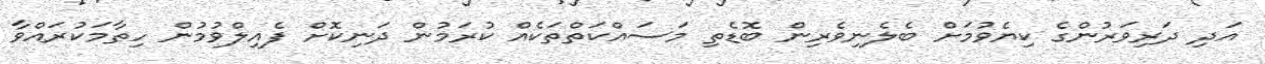
އަދި ދަރިވަރުންގެ ކިޔެވުމަށް ބެލެނިވެރިން ބޮޑެތި މަސައްކަތްތަކެއް ކުރަމުން ދަނިކޮށް ފެއިލްވުމުން ހިތާމަކުރައްވާ